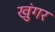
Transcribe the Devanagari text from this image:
खुंगर